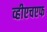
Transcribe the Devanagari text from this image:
व्हीएचएफ